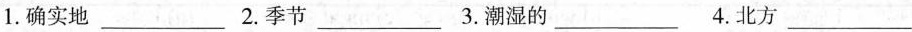
1.确实地____ 2.季节___ 3.潮湿的___ 4.北方___